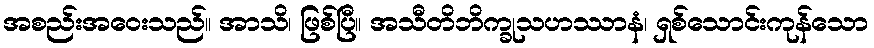
အစည်းအဝေးသည်။ အာသိ၊ ဖြစ်ပြီ။ အသီတိဘိက္ခုသဟဿာနံ၊ ရှစ်သောင်းကုန်သော